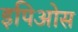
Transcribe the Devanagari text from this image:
इपिओस